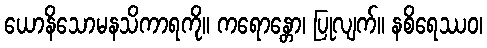
ယောနိသောမနသိကာရကို။ ကရောန္တော၊ ပြုလျက်။ နစိရေဿဝ၊